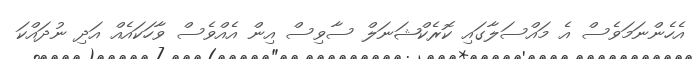
އެހެންނަމަވެސް އެ މައްސަލާގައި ކޮރެކްޝަނަލް ސާވިސް އިން އެއްވެސް ވާހަކައެއް އަދި ނުދައްކަ